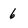
Character: 6